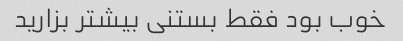
خوب بود فقط بستنی بیشتر بزارید